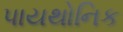
પાયથોનિક